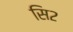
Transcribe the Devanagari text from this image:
सि२